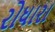
રોધારા